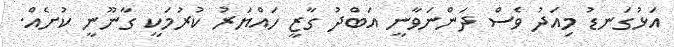
އަޅުގަނޑު މިއަދު ވެސް ދަންނަވާނީ އަބްދު ގާޒީ ހައްޔަރު ކުރުމަކީ ގާނޫނީ ކުށެއް.